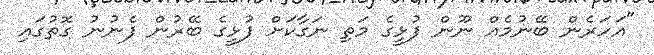
"އަހަރެން ބޭނުމެއް ނޫން ފުޅީގެ މަތި ނަގާކަށް ފުޅީގެ ބޭރުން ފެނުނު ގޮތުގައި